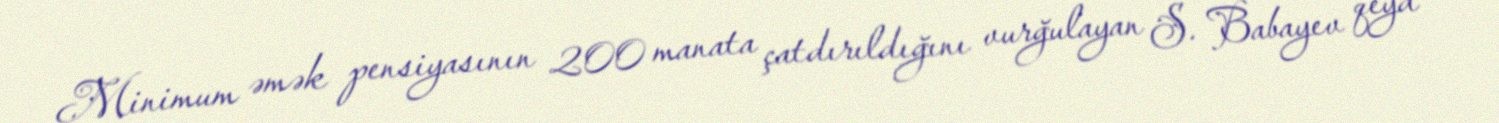
Minimum əmək pensiyasının 200 manata çatdırıldığını vurğulayan S. Babayev qeyd